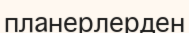
планерлерден